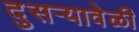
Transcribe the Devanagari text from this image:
दुसर्‍यावेळी